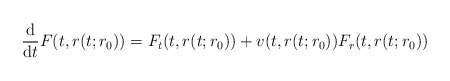
\begin{align*}\frac{\mathrm{d}}{\mathrm{d}t}F(t,r(t;r_{0}))=F_{t}(t,r(t;r_{0}))+v(t,r(t;r_{0}))F_{r}(t,r(t;r_{0})) \end{align*}